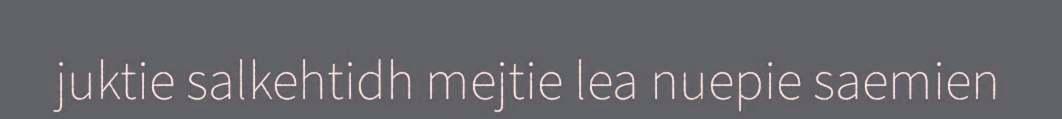
juktie salkehtidh mejtie lea nuepie saemien